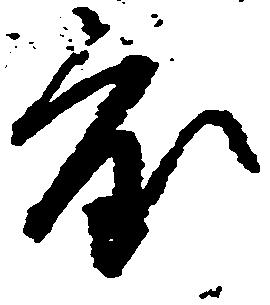
度